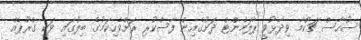
ސުހާސް ޗަކްމާ ވިދާޅުވީ ޕާލަމެންޓް ދަށުގެއިން ފާސްކުރި ރަށްވެހިކަމުގެ ބިލުގައި ވަކި ގްރޫޕެއް